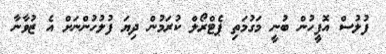
ފުލުސް އޮފީހުން ބުނީ މަގުމަތި ޕެޓްރޯލް ކުރަމުން ދިޔަ ފުލުހުންނަށް އެ ޒުވާނާ